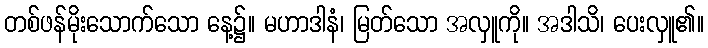
တစ်ဖန်မိုးသောက်သော နေ့၌။ မဟာဒါနံ၊ မြတ်သော အလှူကို။ အဒါသိ၊ ပေးလှူ၏။